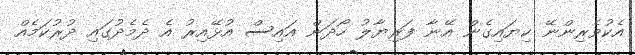
އެކުވެރިންނޭ ކިޔައިގެން އޭނާ ފަރިޔާލު ހޯދަން އައިސް އުޅޭއިރު އެ ދެމެދުގައި ދުރުކަމެއް